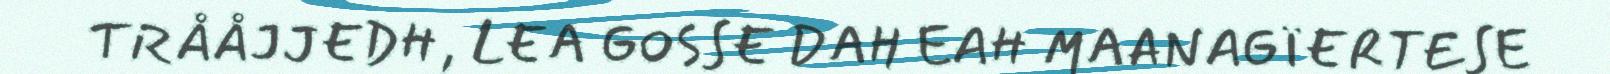
TRÅÅJJEDH, LEA GOSSE DAH EAH MAANAGÏERTESE